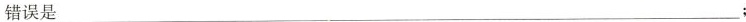
错误是___；